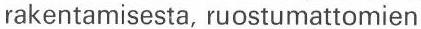
rakentamisesta, ruostumattomien